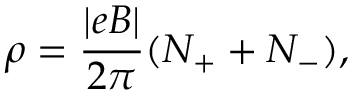
\rho = \frac { | e B | } { 2 \pi } ( N _ { + } + N _ { - } ) ,